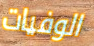
الوفيات